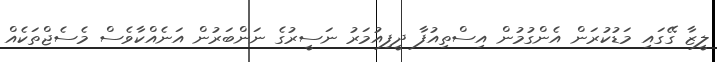
ލީޒާ ގޭގައި މަޑުކުރަން އެންގުމުން އިސްތިއުފާ ދީފިއުމަރު ނަސީރުގެ ނަންބަރުން އަނެއްކާވެސް މެސެޖްތަކެއް